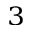
^ { 3 }